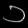
Digit: ၁